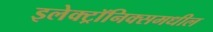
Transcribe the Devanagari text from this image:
इलेक्ट्रॉनिक्समधील